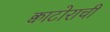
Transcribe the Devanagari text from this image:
क्वाटोराची